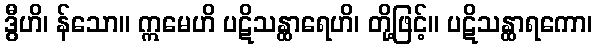
ဒွီဟိ၊ န်သော။ ဣမေဟိ ပဋိသန္ထာရေဟိ၊ တို့ဖြင့်။ ပဋိသန္ထာရကော၊